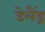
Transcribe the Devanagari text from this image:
डेलैंड्र